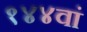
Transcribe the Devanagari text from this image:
१४४वां